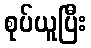
စုပ်ယူပြီး